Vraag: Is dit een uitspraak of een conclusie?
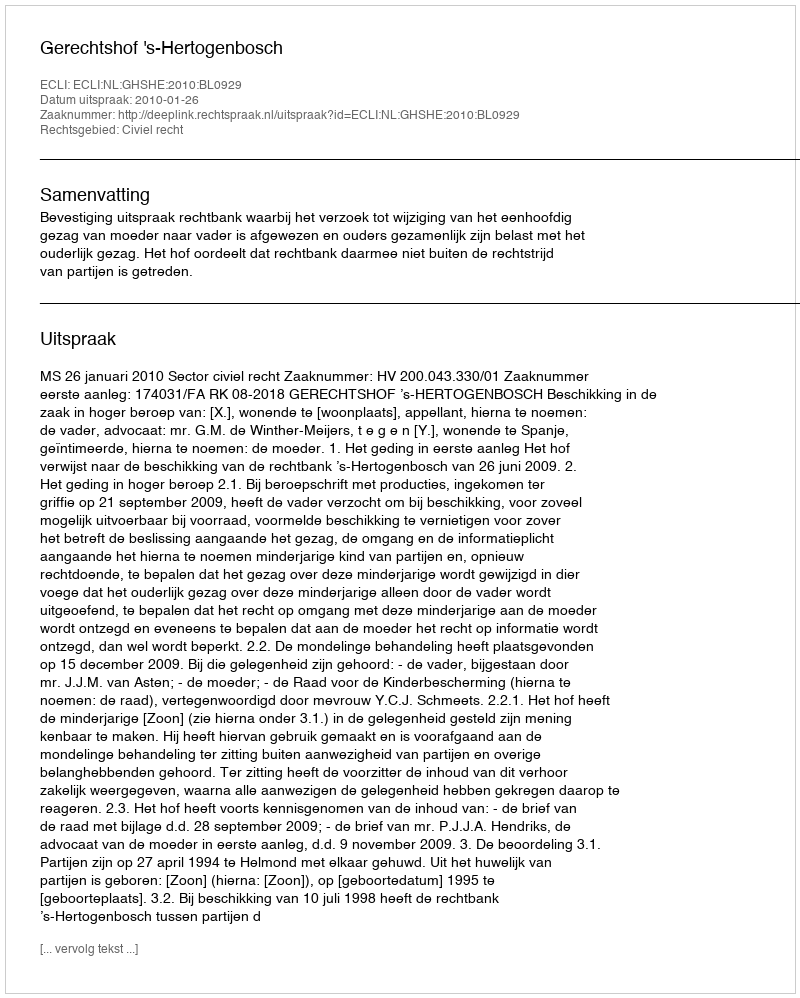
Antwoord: Uitspraak